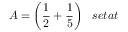
A = { \bigg ( } { \frac { 1 } { 2 } } + { \frac { 1 } { 5 } } { \bigg ) } \; \; \; s e t a t